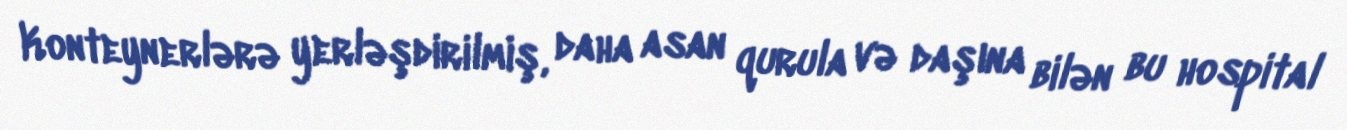
Konteynerlərə yerləşdirilmiş, daha asan qurula və daşına bilən bu hospital